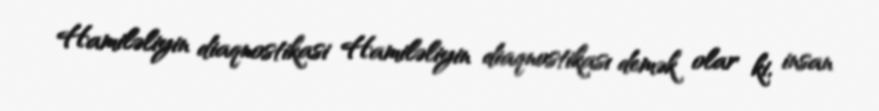
Hamiləliyin diaqnostikasi Hamiləliyin diaqnostikası demək olar ki, insan